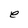
Character: e